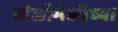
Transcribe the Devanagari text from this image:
खेळीमेळीच्या